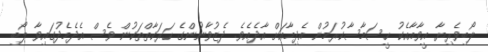
ލޯބިވެރިޔާ އީވާއާއެކު ހީސަމާސާކުރަމުން އެދިމާއަށް އާދެއެވެ. ދެޒުވާނުންގެ ހަރަކާތްތަކުން ވެސް އެދެމެދުގައިވާ ލޯބި